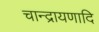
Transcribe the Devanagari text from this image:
चान्द्रायणादि